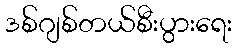
ဒစ်ဂျစ်တယ်စီးပွားရေး